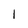
Character: 1